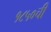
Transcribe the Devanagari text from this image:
१८५०ची